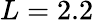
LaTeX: L=2.2